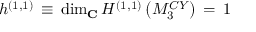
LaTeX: h ^ { ( 1 , 1 ) } \, \equiv \, \mathrm { d i m } _ { \bf C } \, H ^ { ( 1 , 1 ) } \left( M _ { 3 } ^ { C Y } \right) \, = \, 1